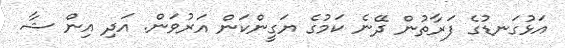
އަޅުގަނޑުގެ ފަރާތުން ދޭނެ ކަމުގެ ޔަގީންކަން އަރުވަން. އަދި އިން ޝާ